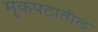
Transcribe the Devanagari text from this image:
मूकपटातील